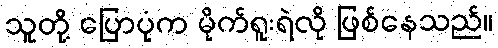
သူတို့ ပြောပုံက မိုက်ရူးရဲလို ဖြစ်နေသည်။